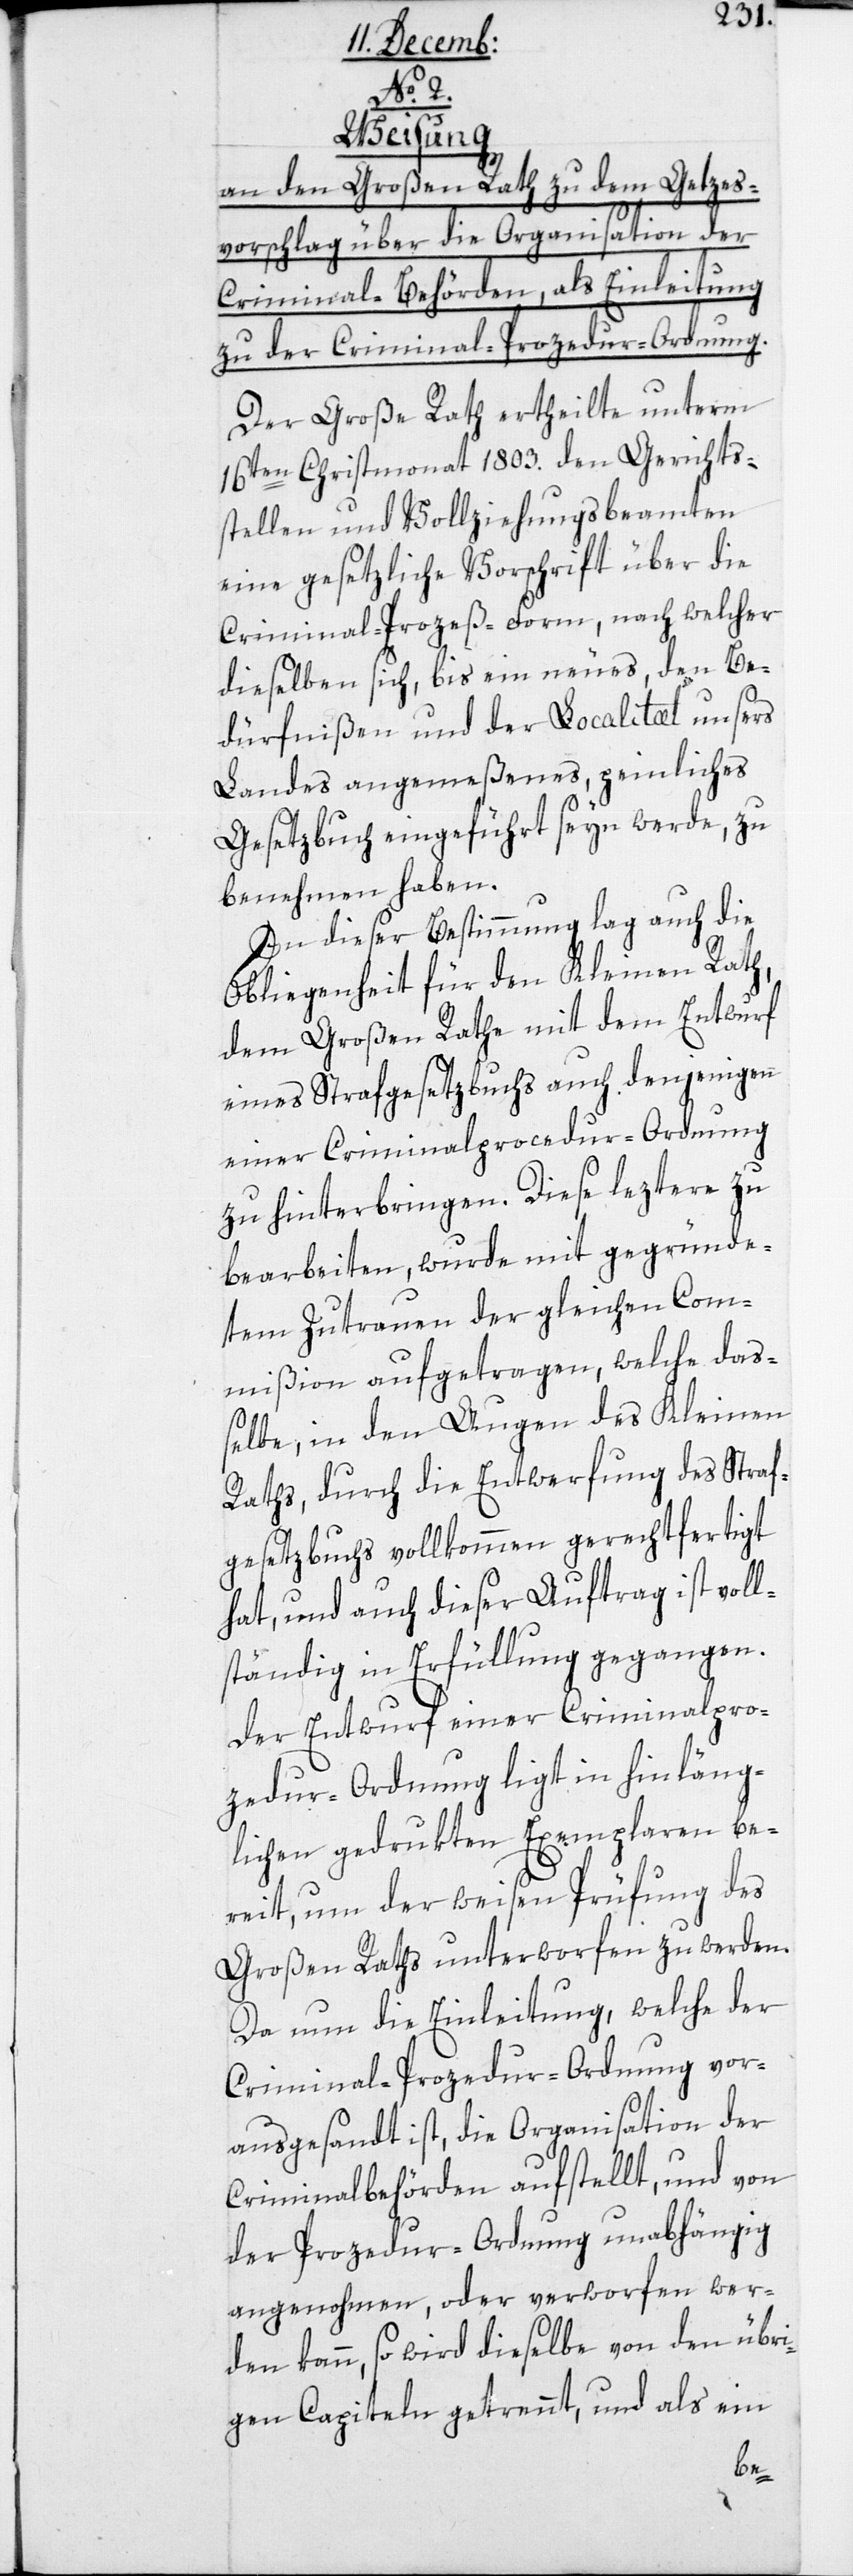
No 2.
Weisung
an den Großen Rath zu dem Gesetzes¬
vorschlag über die Organisation der
Criminal-Behörden, als Einleitung
zu der Criminal-Prozedur-Ordnung.
Der Große Rath ertheilte unterm
16ten Christmonat 1803. den Gerichts¬
stellen und Vollziehungsbeamten
eine gesetzliche Vorschrift über die
Criminal-Prozeß-Form, nach welcher
dieselben sich, bis ein neues, den Be¬
dürfnißen und der Localitæt unsers
Landes angemeßenes, peinliches
Gesetzbuch eingeführt seyn werde, zu
benehmen haben.
In dieser Bestimmung lag auch die
Obliegenheit für den Kleinen Rath,
dem Großen Rathe mit dem Entwurf
eines Strafgesetzbuchs auch denjenigen
einer Criminal-Procedur-Ordnung
zu hinterbringen. Diese leztere zu
bearbeiten, wurde mit gegründe¬
tem Zutrauen der gleichen Com¬
mißion aufgetragen, welche da¬
ßelbe, in den Augen des Kleinen
Raths, durch die Entwerfung des Straf¬
gesetzbuchs vollkommen gerechtfertigt
hat, und auch dieser Auftrag ist voll¬
ständig in Erfüllung gegangen.
Der Entwurf einer Criminalpro¬
cedur-Ordnung liegt in hinläng¬
lichen gedrukten Exemplaren be¬
reit, um der weisen Prüfung des
Großen Raths unterworfen zu werden.
Da nun die Einleitung, welche der
Criminal-Procedur-Ordnung vor¬
ausgesandt ist, die Organisation der
Criminalbehörden aufstellt, und von
der Procedur-Ordnung unabhängig
angenohmen, oder verworfen wer¬
den kann, so wird dieselbe von den übri¬
gen Capiteln getrennt, und als ein